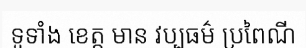
ទូទាំង ខេត្ត មាន វប្បធម៌ ប្រពៃណី